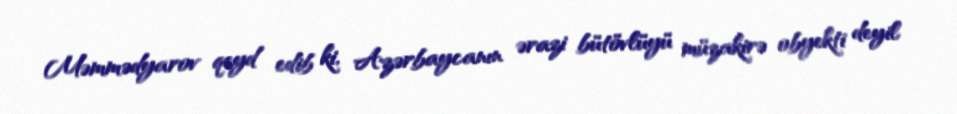
Məmmədyarov qeyd edib ki, Azərbaycanın ərazi bütövlüyü müzakirə obyekti deyil